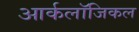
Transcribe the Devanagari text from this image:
आर्कलॉजिकल